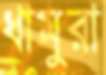
ধামুরা